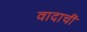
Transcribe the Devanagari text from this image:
वादाचीं